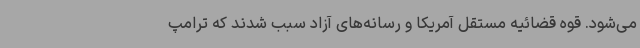
می‌شود. قوه قضائیه مستقل آمریکا و رسانه‌های آزاد سبب شدند که ترامپ